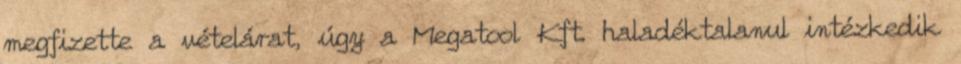
megfizette a vételárat, úgy a Megatool Kft. haladéktalanul intézkedik